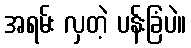
အရမ်း လှတဲ့ ပန်းခြံပဲ။